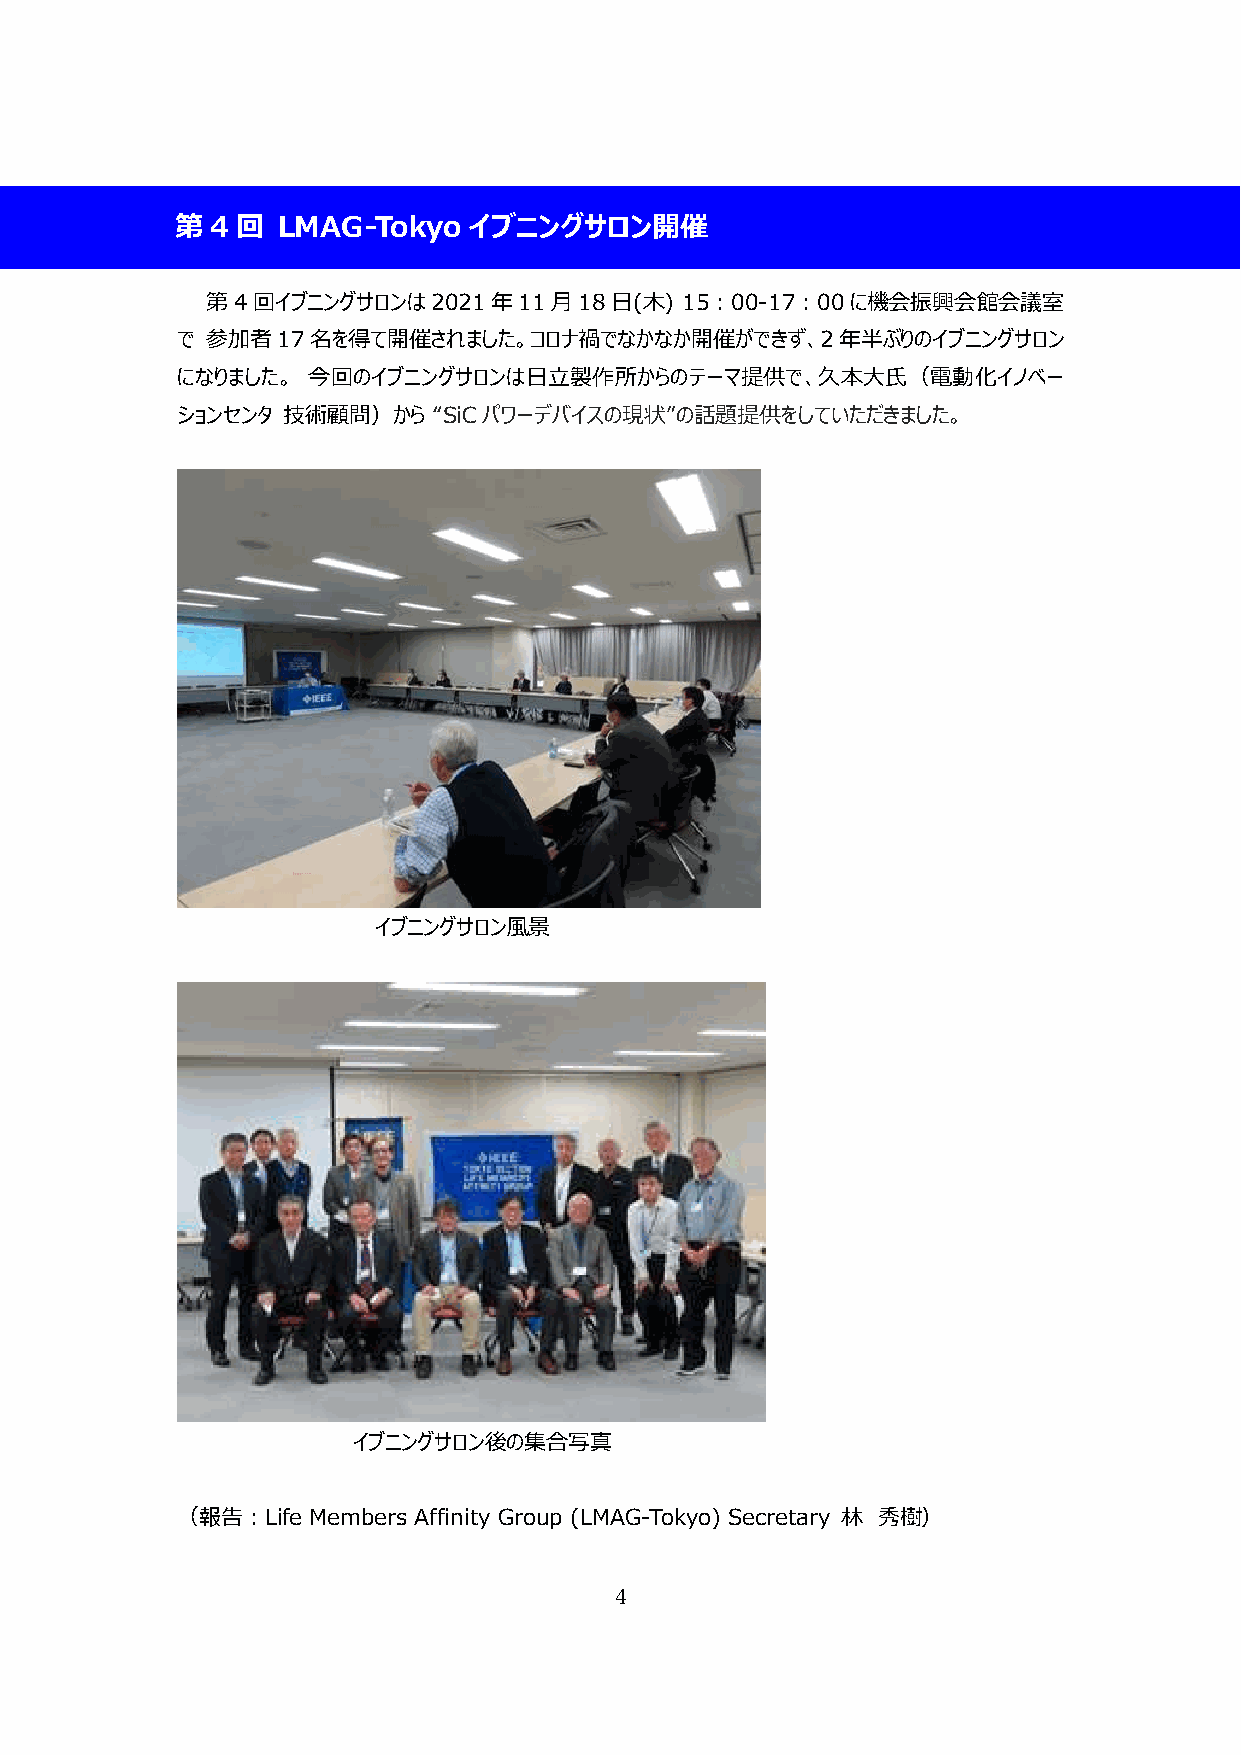
第 4 回 LMAG-Tokyo   イブニングサロン開催
 第4回イブニングサロンは2021年11月18日(木)     15：00-17：00に機会振興会館会議室
 で 参加者17名を得て開催されました。コロナ禍でなかなか開催ができず、2年半ぶりのイブニングサロン
 になりました。 今回のイブニングサロンは日立製作所からのテーマ提供で、久本大氏（電動化イノベー
 ションセンタ 技術顧問）から   “SiCパワーデバイスの現状”の話題提供をしていただきました。
 イブニングサロン風景
 イブニングサロン後の集合写真
 （報告：Life Members Affinity Group (LMAG-Tokyo) Secretary 林 秀樹）
 4